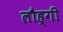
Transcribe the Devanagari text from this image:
लौह्गी